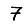
Digit: 7